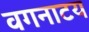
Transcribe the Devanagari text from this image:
वगनाटय